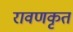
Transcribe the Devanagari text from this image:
रावणकृतं